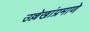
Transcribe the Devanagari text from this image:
उल्लेखांप्रमाणे